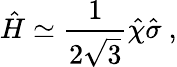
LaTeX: \hat{H}\simeq\frac{1}{2\sqrt{3}}\hat{\chi}\hat{\sigma}\ ,